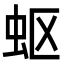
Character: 𮓹